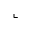
\llcorner